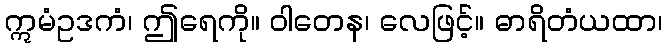
ဣမံဥဒကံ၊ ဤရေကို။ ဝါတေန၊ လေဖြင့်။ ဓာရိတံယထာ၊